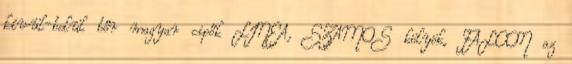
kívül-belül bőr magyar cipők LINEA, SZAMOS kölyök, FALCON az